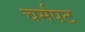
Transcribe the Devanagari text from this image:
चर्मपट